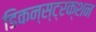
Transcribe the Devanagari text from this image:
डिकन्स्ट्रक्शन